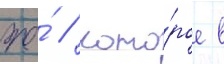
же́ / кото́рое в